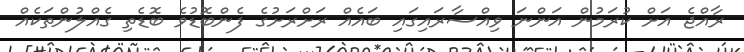
ރާއްޖެ އަށް ކުރަމުން އަންނަ ވިއްސާރައިގައި ބައެއް ރަށްރަށުގެ ފެންބޮޑުވެ ބޮޑެތި ގެއްލުންތަކެއް